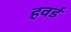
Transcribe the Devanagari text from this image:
हवर्ड